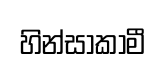
හින්සාකාමී